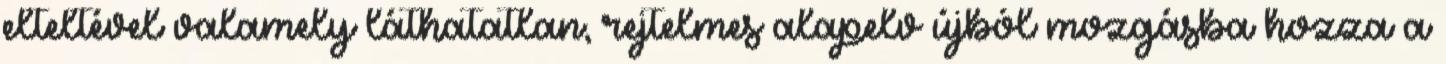
elteltével valamely láthatatlan, rejtelmes alapelv újból mozgásba hozza a